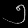
Digit: ၅